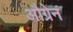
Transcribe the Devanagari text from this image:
औग्रेन